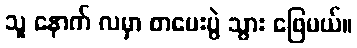
သူ နောက် လမှာ စာမေးပွဲ သွား ဖြေမယ်။